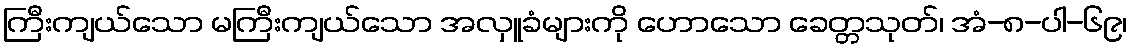
ကြီးကျယ်သော မကြီးကျယ်သော အလှူခံများကို ဟောသော ခေတ္တသုတ်၊ အံ-၈-ပါ-၆၉၊